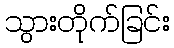
သွားတိုက်ခြင်း